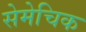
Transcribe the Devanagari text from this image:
सेमेचिक